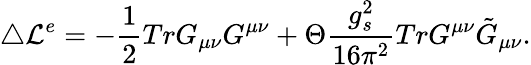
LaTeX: \triangle{\cal L}^{e}=-\frac{1}{2}TrG_{\mu\nu}G^{\mu\nu}+\Theta\frac{g_{s}^{2}}{16\pi^{2}}TrG^{\mu\nu}\tilde{G}_{\mu\nu}.